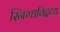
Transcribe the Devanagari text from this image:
स्निग्धविद्रव्य